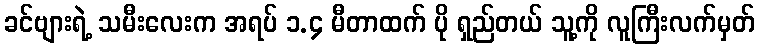
ခင်ဗျားရဲ့ သမီးလေးက အရပ် ၁.၄ မီတာထက် ပို ရှည်တယ် သူ့ကို လူကြီးလက်မှတ်